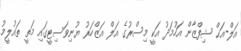
އަލް-އަޙް ޝިފްޒާން އަހުމަދު އަކީ މިސްރުގެ އަލް އަޒްހަރު ޔުނިވަސިޓީގައި މަތީ ތައުލީމު